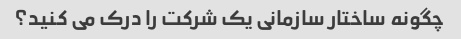
چگونه ساختار سازمانی یک شرکت را درک می کنید؟